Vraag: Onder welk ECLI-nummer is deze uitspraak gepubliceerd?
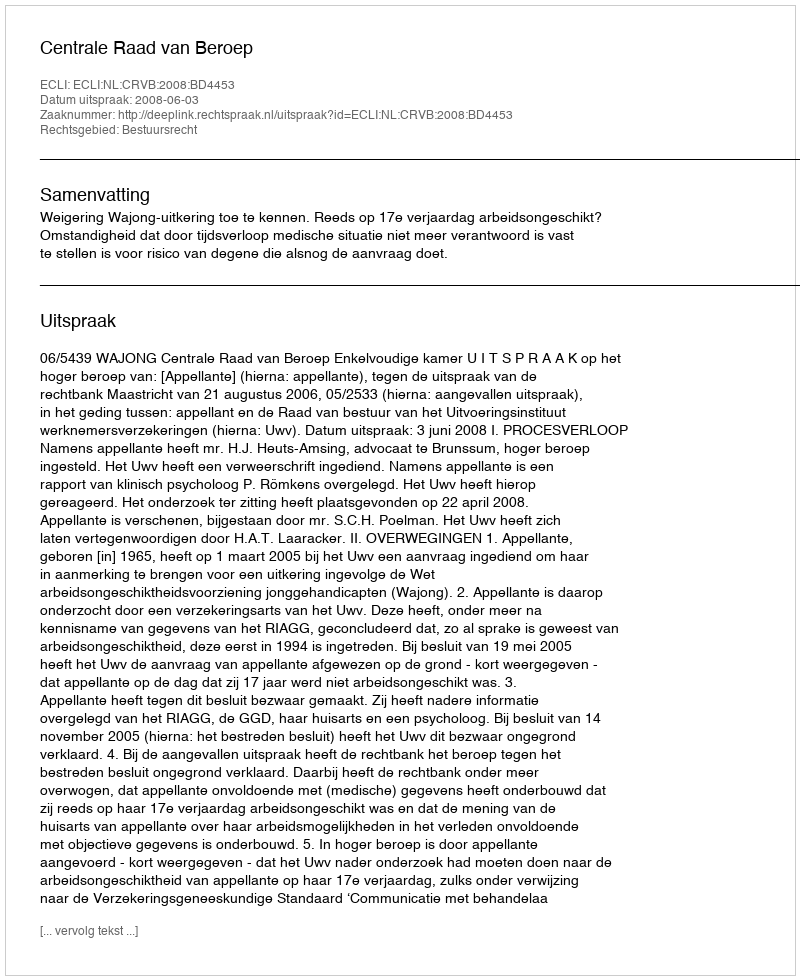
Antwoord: ECLI:NL:CRVB:2008:BD4453